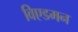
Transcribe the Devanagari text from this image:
विएडमन